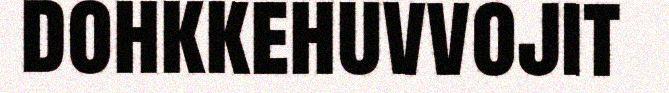
dohkkehuvvojit